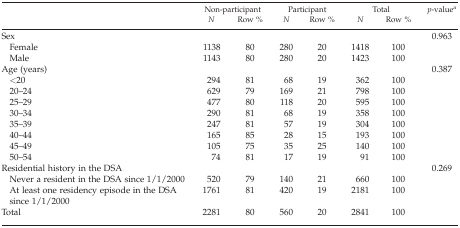
<table><thead><tr><td></td><td colspan="2"><b>Non-participant</b></td><td colspan="2"><b>Participant</b></td><td colspan="2"><b>Total</b></td><td><b><i>p</i>-valuea</b></td></tr><tr><td></td><td><b><i>N</i></b></td><td><b>Row %</b></td><td><b><i>N</i></b></td><td><b>Row %</b></td><td><b><i>N</i></b></td><td><b>Row %</b></td><td></td></tr></thead><tbody><tr><td>Sex</td><td></td><td></td><td></td><td></td><td></td><td></td><td>0.963</td></tr><tr><td> Female</td><td>1138</td><td>80</td><td>280</td><td>20</td><td>1418</td><td>100</td><td></td></tr><tr><td> Male</td><td>1143</td><td>80</td><td>280</td><td>20</td><td>1423</td><td>100</td><td></td></tr><tr><td>Age (years)</td><td></td><td></td><td></td><td></td><td></td><td></td><td>0.387</td></tr><tr><td> &lt;20</td><td>294</td><td>81</td><td>68</td><td>19</td><td>362</td><td>100</td><td></td></tr><tr><td> 20–24</td><td>629</td><td>79</td><td>169</td><td>21</td><td>798</td><td>100</td><td></td></tr><tr><td> 25–29</td><td>477</td><td>80</td><td>118</td><td>20</td><td>595</td><td>100</td><td></td></tr><tr><td> 30–34</td><td>290</td><td>81</td><td>68</td><td>19</td><td>358</td><td>100</td><td></td></tr><tr><td> 35–39</td><td>247</td><td>81</td><td>57</td><td>19</td><td>304</td><td>100</td><td></td></tr><tr><td> 40–44</td><td>165</td><td>85</td><td>28</td><td>15</td><td>193</td><td>100</td><td></td></tr><tr><td> 45–49</td><td>105</td><td>75</td><td>35</td><td>25</td><td>140</td><td>100</td><td></td></tr><tr><td> 50–54</td><td>74</td><td>81</td><td>17</td><td>19</td><td>91</td><td>100</td><td></td></tr><tr><td>Residential history in the DSA</td><td></td><td></td><td></td><td></td><td></td><td></td><td>0.269</td></tr><tr><td> Never a resident in the DSA since 1/1/2000</td><td>520</td><td>79</td><td>140</td><td>21</td><td>660</td><td>100</td><td></td></tr><tr><td> At least one residency episode in the DSA since 1/1/2000</td><td>1761</td><td>81</td><td>420</td><td>19</td><td>2181</td><td>100</td><td></td></tr><tr><td>Total</td><td>2281</td><td>80</td><td>560</td><td>20</td><td>2841</td><td>100</td><td></td></tr></tbody></table>